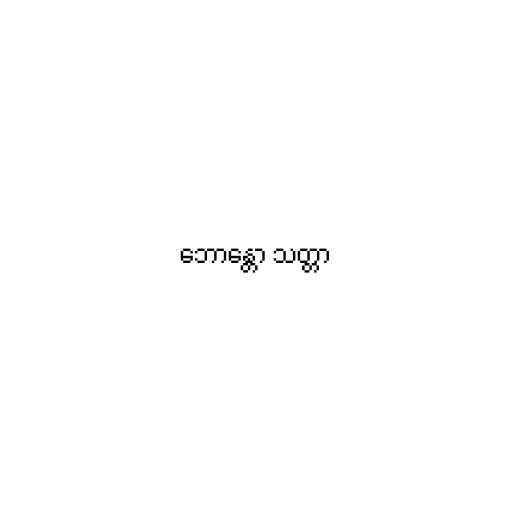
ဘောန္တော သတ္တာ